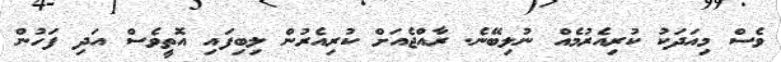
ވެސް މިއަދަކު ކުރިއެރުމެއް ނުލިބޭނެ. ރާއްޖެއަށް ކުރިއެރުން ލިބިފައި އޮތީވެސް އަދި ފަހުން